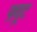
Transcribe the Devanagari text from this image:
फ़्यूट